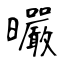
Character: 曮